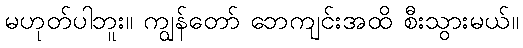
မဟုတ်ပါဘူး။ ကျွန်တော် ဘေကျင်းအထိ စီးသွားမယ်။